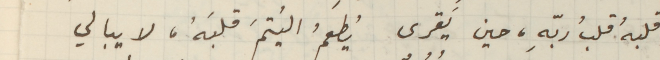
قلبهُ قلبُ ربّهِ، حين يَقرى يُطعمُ اليُتمَ قلبهُ، لا يبالي